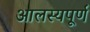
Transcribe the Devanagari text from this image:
आलस्यपूर्ण